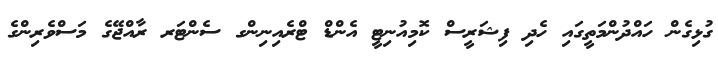
ގުޅިގެން ހައްދުންމަތީގައި ހެދި ފިޝަރީސް ކޮމިއުނިޓީ އެންޑް ޓްރެއިނިންގ ސެންޓަރ ރާއްޖޭގެ މަސްވެރިންގެ